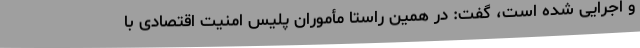
و اجرایی شده است، گفت: در همین راستا مأموران پلیس امنیت اقتصادی با